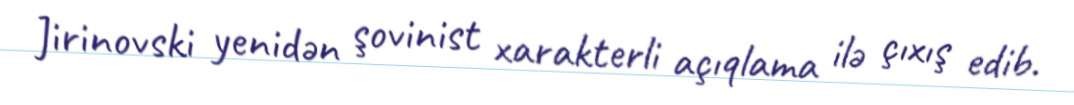
Jirinovski yenidən şovinist xarakterli açıqlama ilə çıxış edib.